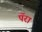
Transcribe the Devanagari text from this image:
पॅरा